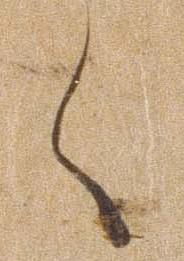
く